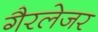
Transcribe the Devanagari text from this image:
गैरलेजर